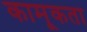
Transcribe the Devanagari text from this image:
कामूकता